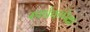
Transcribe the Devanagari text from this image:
स्पर्धकांपेक्षा